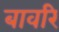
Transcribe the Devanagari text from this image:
बावरि